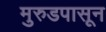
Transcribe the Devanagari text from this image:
मुरुडपासून